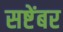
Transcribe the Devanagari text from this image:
सष्टेंबर